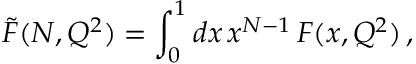
\tilde { F } ( N , Q ^ { 2 } ) = \int _ { 0 } ^ { 1 } d x \, x ^ { N - 1 } \, F ( x , Q ^ { 2 } ) \, ,